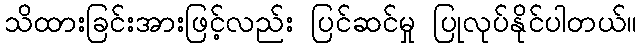
သိထားခြင်းအားဖြင့်လည်း ပြင်ဆင်မှု ပြုလုပ်နိုင်ပါတယ်။